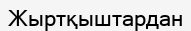
Жыртқыштардан